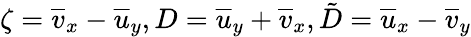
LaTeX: \zeta={\overline{{v}}}_{x}-{\overline{{u}}}_{y},D={\overline{{u}}}_{y}+{\overline{{v}}}_{x},\tilde{D}={\overline{{u}}}_{x}-{\overline{{v}}}_{y}